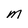
Character: M